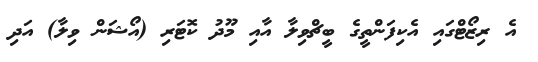
އެ ރިޒޯޓްގައި އެކިފަންތީގެ ބީޗްވިލާ އާއި މޫދު ކޮޓަރި (އޯޝަން ވިލާ) އަދި